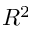
R ^ { 2 }